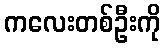
ကလေးတစ်ဦးကို